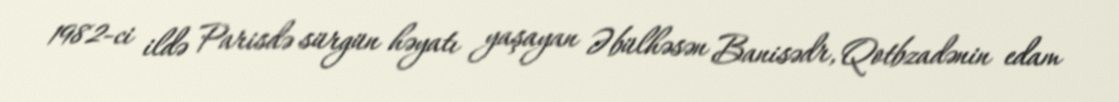
1982-ci ildə Parisdə sürgün həyatı yaşayan Əbülhəsən Banisədr, Qotbzadənin edam